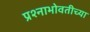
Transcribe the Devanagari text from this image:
प्रश्नाभोवतीच्या